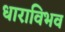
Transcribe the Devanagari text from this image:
धाराविभव